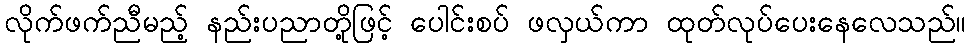
လိုက်ဖက်ညီမည့် နည်းပညာတို့ဖြင့် ပေါင်းစပ် ဖလှယ်ကာ ထုတ်လုပ်ပေးနေလေသည်။